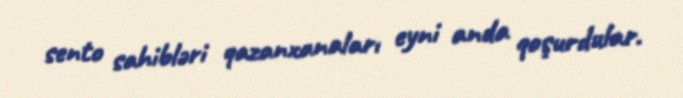
sento sahibləri qazanxanaları eyni anda qoşurdular.